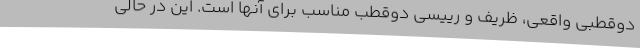
دوقطبی واقعی، ظریف و رییسی دوقطب مناسب برای آنها است. این در حالی